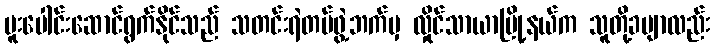
ပူးပေါင်းဆောင်ရွက်နိုင်သည် သတင်းရဲတပ်ဖွဲ့ဘက်မှ လှိုင်သာယာမြို့နယ်က သူတို့ခမျာလည်း